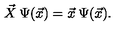
\vec { X } \: \Psi ( \vec { x } ) = \vec { x } \: \Psi ( \vec { x } ) .